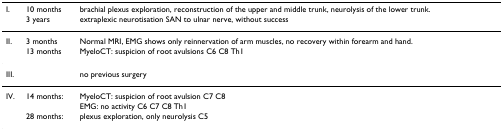
| I. | 10 months | brachial plexus exploration, reconstruction of the upper and middle trunk, neurolysis of the lower trunk. |
 |  | 3 years | extraplexic neurotisation SAN to ulnar nerve, without success |
 | --- | --- | --- |
 | II. | 3 months | Normal MRI, EMG shows only reinnervation of arm muscles, no recovery within forearm and hand. |
 |  | 13 months | MyeloCT: suspicion of root avulsions C6 C8 Th1 |
 | III. |  | no previous surgery |
 | IV. | 14 months: | MyeloCT: suspicion of root avulsion C7 C8 |
 |  |  | EMG: no activity C6 C7 C8 Th1 |
 |  | 28 months: | plexus exploration, only neurolysis C5 |